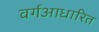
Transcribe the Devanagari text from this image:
वर्गआधारित